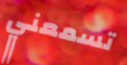
تسمعني